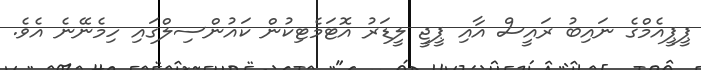
ޕީޕީއެމްގެ ނައިބު ރައީސް އާއި ޕީޖީ ލީޑަރު އޮޓަމެޓިކުން ކައުންސިލްގައި ހިމެނޭނެ އެވެ.